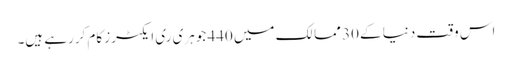
اس وقت دنیا کے 30 ممالک میں 440 جوہری ری ایکٹرز کام کررہے ہیں۔